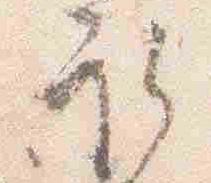
取